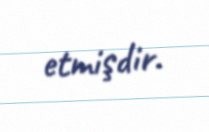
etmişdir.